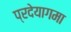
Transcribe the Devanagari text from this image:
प्रदेयागमा